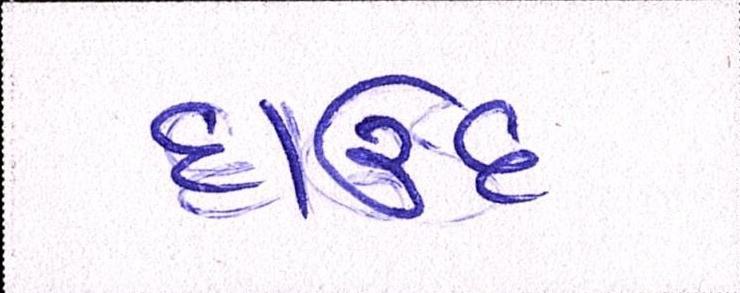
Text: દાઉદ